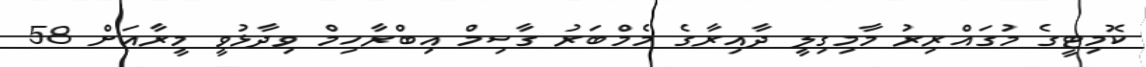
ކޮމިޓީގެ މުގައްރިރު މާމިގިލީ ދާއިރާގެ މެމްބަރު ގާސިމް އިބްރާހިމް ވިދާޅުވީ މީރާއަށް 58